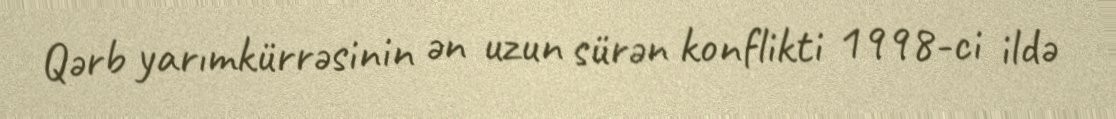
Qərb yarımkürrəsinin ən uzun sürən konflikti 1998-ci ildə